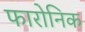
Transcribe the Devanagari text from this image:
फारोनिक